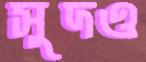
সুদও